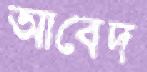
আবেদ